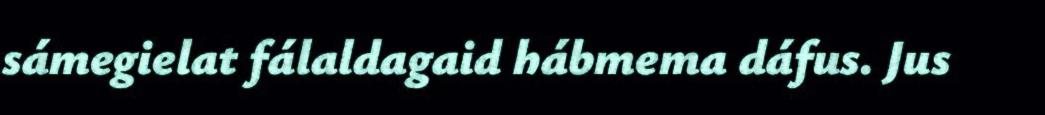
sámegielat fálaldagaid hábmema dáfus. Jus